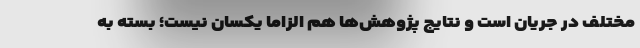
مختلف در جریان است و نتایج پژوهش‌ها هم الزاماً یکسان نیست؛ بسته به